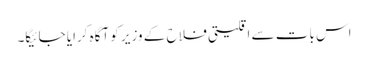
اس بات سے اقلیتی فلاح کے وزیر کو آگاہ کرایا جائیگا۔